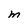
Character: M